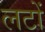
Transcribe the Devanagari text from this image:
लटों